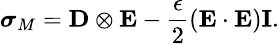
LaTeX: \small\boldsymbol{\sigma}_{M}=\textbf{D}\otimes\textbf{E}-\frac{\epsilon}{2}(\textbf{E}\cdot\textbf{E})\textbf{I}.